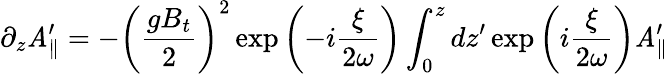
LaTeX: \partial_{z}\mathit{A}_{\parallel}^{\prime}=-\left({\frac{{gB_{t}}}{{2}}}\right)^{2}\exp\left(-i{\frac{{\xi}}{{2\omega}}}\right)\int_{0}^{z}dz^{\prime}\exp\left(i{\frac{{\xi}}{{2\omega}}}\right)\mathit{A}_{\parallel}^{\prime}